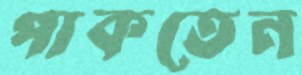
পাকতেন